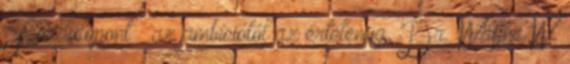
Fordulópont – az ambíciótól az értelemig, Dr. Wayne W.